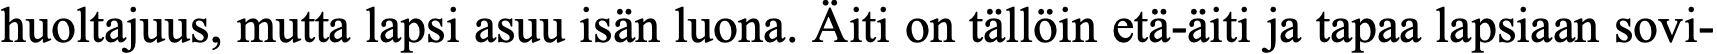
huoltajuus, mutta lapsi asuu isän luona. Äiti on tällöin etä-äiti ja tapaa lapsiaan sovi-